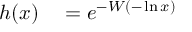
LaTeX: \begin{array} { r l } { h ( x ) } & { { } = e ^ { - W ( - \ln x ) } } \end{array}